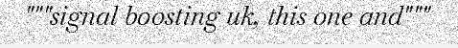
"""signal boosting uk, this one and"""